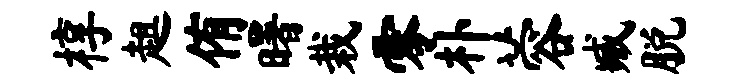
椁趄侑曙栽零朴蓉臧脱